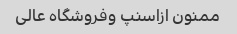
ممنون ازاسنپ وفروشگاه عالی